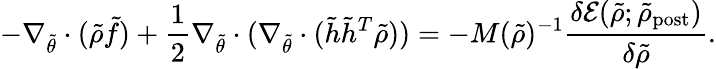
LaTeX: -\nabla_{\tilde{\theta}}\cdot(\tilde{\rho}\tilde{f})+\frac{1}{2}\nabla_{\tilde{\theta}}\cdot(\nabla_{\tilde{\theta}}\cdot(\tilde{h}\tilde{h}^{T}\tilde{\rho}))=-M(\tilde{\rho})^{-1}\frac{\delta\mathcal{E}(\tilde{\rho};\tilde{\rho}_{\mathrm{post}})}{\delta\tilde{\rho}}.